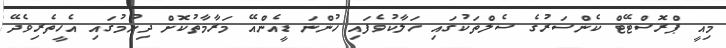
މިއީ ޕްރޮސްޓޭޓް ކެންސަރުގެ ސެލްތަކުގައި ހަލާކުވެފައި ހުންނަ ޑީއެންއޭ މަރާމާތުކޮށް ދިނުމުގައި އެހީތެރިވެދޭ